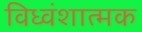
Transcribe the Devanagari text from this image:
विध्वंशात्मक